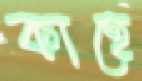
কাহে